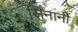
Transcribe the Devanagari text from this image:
सिनानीं